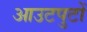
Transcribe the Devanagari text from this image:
आउटपुटों